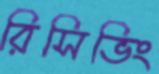
রিসিভিং